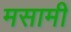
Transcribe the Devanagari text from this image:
मसामी